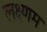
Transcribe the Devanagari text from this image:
लक्ष्णम